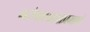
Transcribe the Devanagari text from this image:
चटोपाध्यायांप्रमाणे